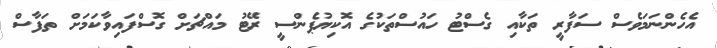
އެހެންނަމަވެސް ސަފާރީ ތަކާއި ގެސްޓު ހައުސްތަކުގެ އޮކިޔުޕެންސީ ރޭޓު މައްޗަށް ގޮސްފައިވާކަމަށް ތަފާސް